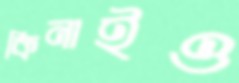
কিনাইও